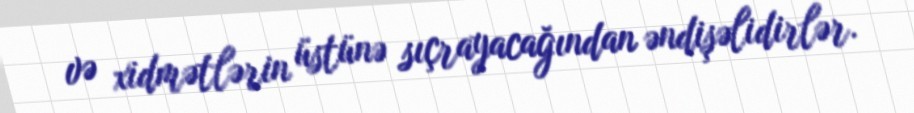
və xidmətlərin üstünə sıçrayacağından əndişəlidirlər.